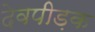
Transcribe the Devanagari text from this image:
देवपीड़क